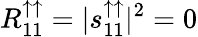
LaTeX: R_{11}^{\uparrow\uparrow}=|s_{11}^{\uparrow\uparrow}|^{2}=0